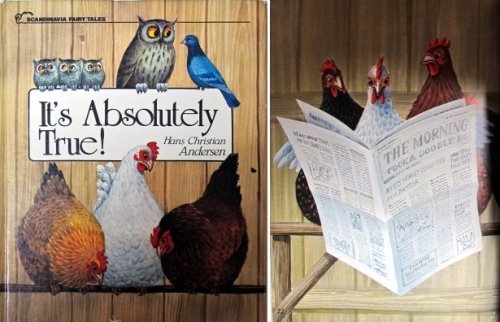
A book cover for It's Absolutely True; Hans Christian Andersen; Comics & Graphic Novels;